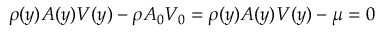
\rho ( y ) A ( y ) V ( y ) - \rho A _ { 0 } V _ { 0 } = \rho ( y ) A ( y ) V ( y ) - \mu = 0